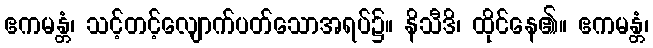
ဧကမန္တံ၊ သင့်တင့်လျောက်ပတ်သောအရပ်၌။ နိသီဒိ၊ ထိုင်နေ၏။ ဧကမန္တံ၊